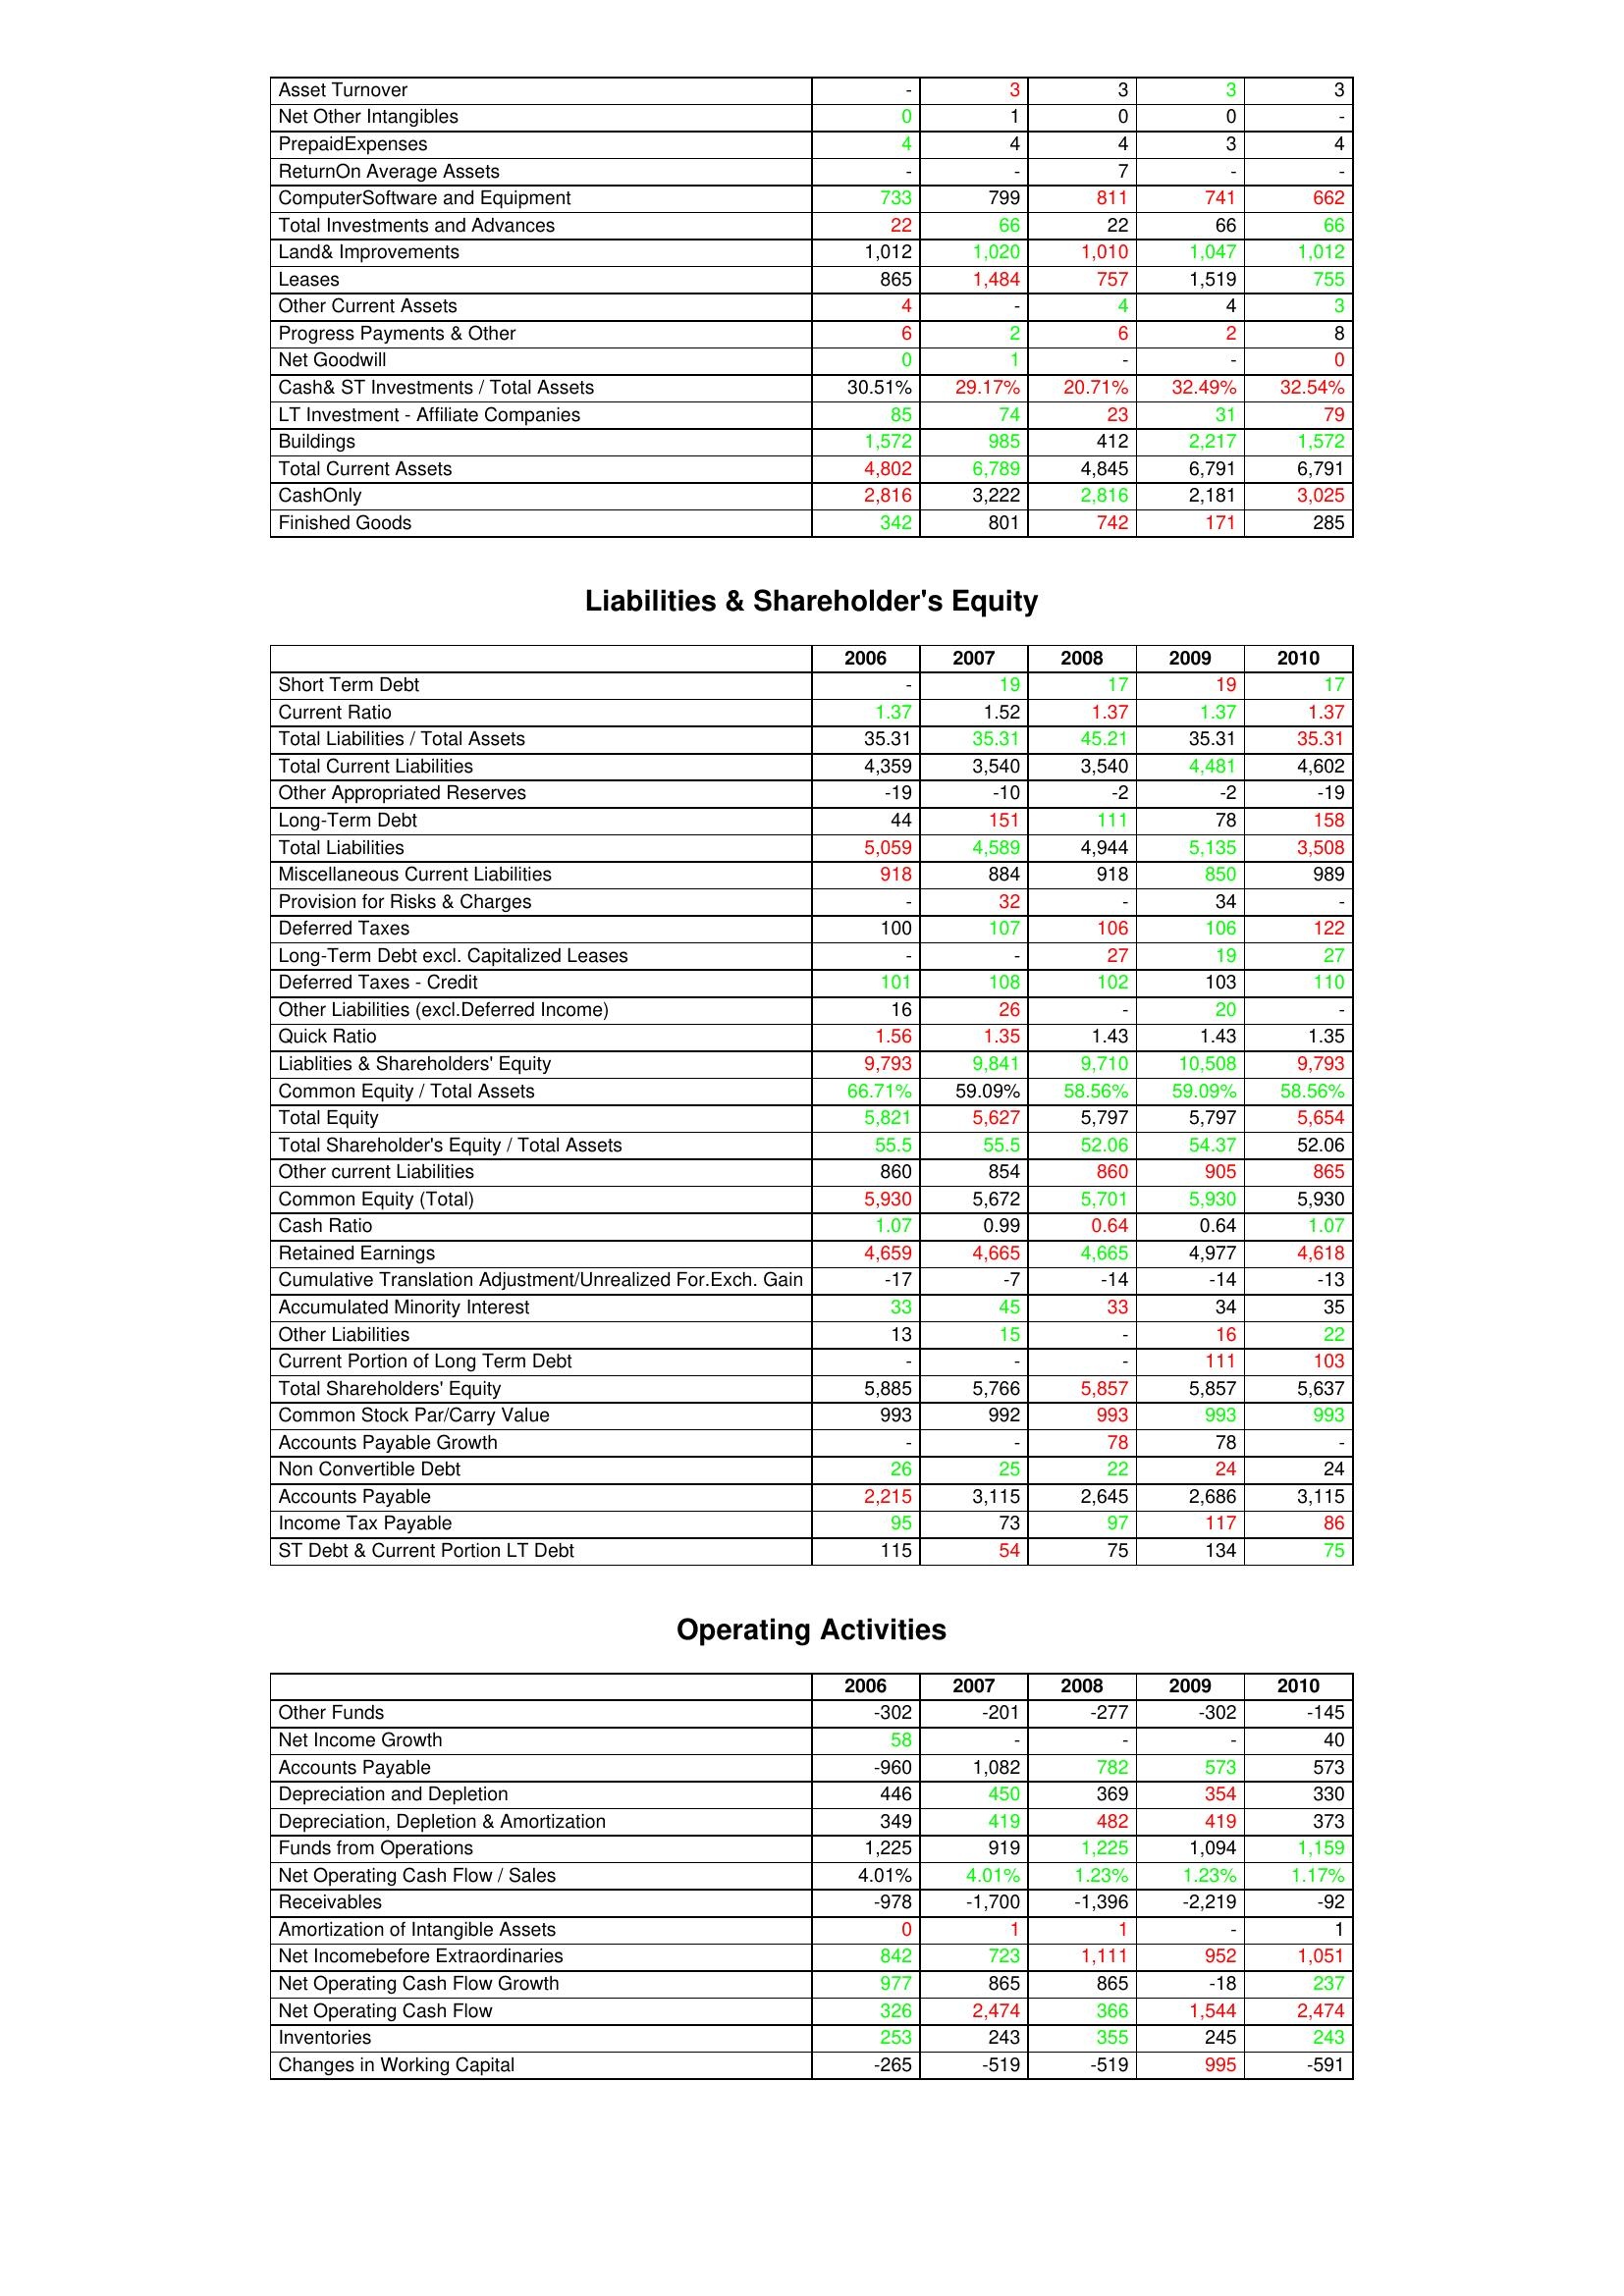
gt_parse: 2006: Assets: Asset Turnover: -
Net Other Intangibles: 0
PrepaidExpenses: 4
ReturnOn Average Assets: -
ComputerSoftware and Equipment: 733
Total Investments and Advances: 22
Land& Improvements: 1,012
Leases: 865
Other Current Assets: 4
Progress Payments & Other: 6
Net Goodwill: 0
Cash& ST Investments / Total Assets: 30.51%
LT Investment - Affiliate Companies: 85
Buildings: 1,572
Total Current Assets: 4,802
CashOnly: 2,816
Finished Goods: 342
Liabilities & Shareholder's Equity: Short Term Debt: -
Current Ratio: 1.37
Total Liabilities / Total Assets: 35.31
Total Current Liabilities: 4,359
Other Appropriated Reserves: -19
Long-Term Debt: 44
Total Liabilities: 5,059
Miscellaneous Current Liabilities: 918
Provision for Risks & Charges: -
Deferred Taxes: 100
Long-Term Debt excl. Capitalized Leases: -
Deferred Taxes - Credit: 101
Other Liabilities (excl.Deferred Income): 16
Quick Ratio: 1.56
Liablities & Shareholders' Equity: 9,793
Common Equity / Total Assets: 66.71%
Total Equity: 5,821
Total Shareholder's Equity / Total Assets: 55.5
Other current Liabilities: 860
Common Equity (Total): 5,930
Cash Ratio: 1.07
Retained Earnings: 4,659
Cumulative Translation Adjustment/Unrealized For.Exch. Gain: -17
Accumulated Minority Interest: 33
Other Liabilities: 13
Current Portion of Long Term Debt: -
Total Shareholders' Equity: 5,885
Common Stock Par/Carry Value: 993
Accounts Payable Growth: -
Non Convertible Debt: 26
Accounts Payable: 2,215
Income Tax Payable: 95
ST Debt & Current Portion LT Debt: 115
Operating Activities: Other Funds: -302
Net Income Growth: 58
Accounts Payable: -960
Depreciation and Depletion: 446
Depreciation, Depletion & Amortization: 349
Funds from Operations: 1,225
Net Operating Cash Flow / Sales: 4.01%
Receivables: -978
Amortization of Intangible Assets: 0
Net Incomebefore Extraordinaries: 842
Net Operating Cash Flow Growth: 977
Net Operating Cash Flow: 326
Inventories: 253
Changes in Working Capital: -265
2007: Assets: Asset Turnover: 3
Net Other Intangibles: 1
PrepaidExpenses: 4
ReturnOn Average Assets: -
ComputerSoftware and Equipment: 799
Total Investments and Advances: 66
Land& Improvements: 1,020
Leases: 1,484
Other Current Assets: -
Progress Payments & Other: 2
Net Goodwill: 1
Cash& ST Investments / Total Assets: 29.17%
LT Investment - Affiliate Companies: 74
Buildings: 985
Total Current Assets: 6,789
CashOnly: 3,222
Finished Goods: 801
Liabilities & Shareholder's Equity: Short Term Debt: 19
Current Ratio: 1.52
Total Liabilities / Total Assets: 35.31
Total Current Liabilities: 3,540
Other Appropriated Reserves: -10
Long-Term Debt: 151
Total Liabilities: 4,589
Miscellaneous Current Liabilities: 884
Provision for Risks & Charges: 32
Deferred Taxes: 107
Long-Term Debt excl. Capitalized Leases: -
Deferred Taxes - Credit: 108
Other Liabilities (excl.Deferred Income): 26
Quick Ratio: 1.35
Liablities & Shareholders' Equity: 9,841
Common Equity / Total Assets: 59.09%
Total Equity: 5,627
Total Shareholder's Equity / Total Assets: 55.5
Other current Liabilities: 854
Common Equity (Total): 5,672
Cash Ratio: 0.99
Retained Earnings: 4,665
Cumulative Translation Adjustment/Unrealized For.Exch. Gain: -7
Accumulated Minority Interest: 45
Other Liabilities: 15
Current Portion of Long Term Debt: -
Total Shareholders' Equity: 5,766
Common Stock Par/Carry Value: 992
Accounts Payable Growth: -
Non Convertible Debt: 25
Accounts Payable: 3,115
Income Tax Payable: 73
ST Debt & Current Portion LT Debt: 54
Operating Activities: Other Funds: -201
Net Income Growth: -
Accounts Payable: 1,082
Depreciation and Depletion: 450
Depreciation, Depletion & Amortization: 419
Funds from Operations: 919
Net Operating Cash Flow / Sales: 4.01%
Receivables: -1,700
Amortization of Intangible Assets: 1
Net Incomebefore Extraordinaries: 723
Net Operating Cash Flow Growth: 865
Net Operating Cash Flow: 2,474
Inventories: 243
Changes in Working Capital: -519
2008: Assets: Asset Turnover: 3
Net Other Intangibles: 0
PrepaidExpenses: 4
ReturnOn Average Assets: 7
ComputerSoftware and Equipment: 811
Total Investments and Advances: 22
Land& Improvements: 1,010
Leases: 757
Other Current Assets: 4
Progress Payments & Other: 6
Net Goodwill: -
Cash& ST Investments / Total Assets: 20.71%
LT Investment - Affiliate Companies: 23
Buildings: 412
Total Current Assets: 4,845
CashOnly: 2,816
Finished Goods: 742
Liabilities & Shareholder's Equity: Short Term Debt: 17
Current Ratio: 1.37
Total Liabilities / Total Assets: 45.21
Total Current Liabilities: 3,540
Other Appropriated Reserves: -2
Long-Term Debt: 111
Total Liabilities: 4,944
Miscellaneous Current Liabilities: 918
Provision for Risks & Charges: -
Deferred Taxes: 106
Long-Term Debt excl. Capitalized Leases: 27
Deferred Taxes - Credit: 102
Other Liabilities (excl.Deferred Income): -
Quick Ratio: 1.43
Liablities & Shareholders' Equity: 9,710
Common Equity / Total Assets: 58.56%
Total Equity: 5,797
Total Shareholder's Equity / Total Assets: 52.06
Other current Liabilities: 860
Common Equity (Total): 5,701
Cash Ratio: 0.64
Retained Earnings: 4,665
Cumulative Translation Adjustment/Unrealized For.Exch. Gain: -14
Accumulated Minority Interest: 33
Other Liabilities: -
Current Portion of Long Term Debt: -
Total Shareholders' Equity: 5,857
Common Stock Par/Carry Value: 993
Accounts Payable Growth: 78
Non Convertible Debt: 22
Accounts Payable: 2,645
Income Tax Payable: 97
ST Debt & Current Portion LT Debt: 75
Operating Activities: Other Funds: -277
Net Income Growth: -
Accounts Payable: 782
Depreciation and Depletion: 369
Depreciation, Depletion & Amortization: 482
Funds from Operations: 1,225
Net Operating Cash Flow / Sales: 1.23%
Receivables: -1,396
Amortization of Intangible Assets: 1
Net Incomebefore Extraordinaries: 1,111
Net Operating Cash Flow Growth: 865
Net Operating Cash Flow: 366
Inventories: 355
Changes in Working Capital: -519
2009: Assets: Asset Turnover: 3
Net Other Intangibles: 0
PrepaidExpenses: 3
ReturnOn Average Assets: -
ComputerSoftware and Equipment: 741
Total Investments and Advances: 66
Land& Improvements: 1,047
Leases: 1,519
Other Current Assets: 4
Progress Payments & Other: 2
Net Goodwill: -
Cash& ST Investments / Total Assets: 32.49%
LT Investment - Affiliate Companies: 31
Buildings: 2,217
Total Current Assets: 6,791
CashOnly: 2,181
Finished Goods: 171
Liabilities & Shareholder's Equity: Short Term Debt: 19
Current Ratio: 1.37
Total Liabilities / Total Assets: 35.31
Total Current Liabilities: 4,481
Other Appropriated Reserves: -2
Long-Term Debt: 78
Total Liabilities: 5,135
Miscellaneous Current Liabilities: 850
Provision for Risks & Charges: 34
Deferred Taxes: 106
Long-Term Debt excl. Capitalized Leases: 19
Deferred Taxes - Credit: 103
Other Liabilities (excl.Deferred Income): 20
Quick Ratio: 1.43
Liablities & Shareholders' Equity: 10,508
Common Equity / Total Assets: 59.09%
Total Equity: 5,797
Total Shareholder's Equity / Total Assets: 54.37
Other current Liabilities: 905
Common Equity (Total): 5,930
Cash Ratio: 0.64
Retained Earnings: 4,977
Cumulative Translation Adjustment/Unrealized For.Exch. Gain: -14
Accumulated Minority Interest: 34
Other Liabilities: 16
Current Portion of Long Term Debt: 111
Total Shareholders' Equity: 5,857
Common Stock Par/Carry Value: 993
Accounts Payable Growth: 78
Non Convertible Debt: 24
Accounts Payable: 2,686
Income Tax Payable: 117
ST Debt & Current Portion LT Debt: 134
Operating Activities: Other Funds: -302
Net Income Growth: -
Accounts Payable: 573
Depreciation and Depletion: 354
Depreciation, Depletion & Amortization: 419
Funds from Operations: 1,094
Net Operating Cash Flow / Sales: 1.23%
Receivables: -2,219
Amortization of Intangible Assets: -
Net Incomebefore Extraordinaries: 952
Net Operating Cash Flow Growth: -18
Net Operating Cash Flow: 1,544
Inventories: 245
Changes in Working Capital: 995
2010: Assets: Asset Turnover: 3
Net Other Intangibles: -
PrepaidExpenses: 4
ReturnOn Average Assets: -
ComputerSoftware and Equipment: 662
Total Investments and Advances: 66
Land& Improvements: 1,012
Leases: 755
Other Current Assets: 3
Progress Payments & Other: 8
Net Goodwill: 0
Cash& ST Investments / Total Assets: 32.54%
LT Investment - Affiliate Companies: 79
Buildings: 1,572
Total Current Assets: 6,791
CashOnly: 3,025
Finished Goods: 285
Liabilities & Shareholder's Equity: Short Term Debt: 17
Current Ratio: 1.37
Total Liabilities / Total Assets: 35.31
Total Current Liabilities: 4,602
Other Appropriated Reserves: -19
Long-Term Debt: 158
Total Liabilities: 3,508
Miscellaneous Current Liabilities: 989
Provision for Risks & Charges: -
Deferred Taxes: 122
Long-Term Debt excl. Capitalized Leases: 27
Deferred Taxes - Credit: 110
Other Liabilities (excl.Deferred Income): -
Quick Ratio: 1.35
Liablities & Shareholders' Equity: 9,793
Common Equity / Total Assets: 58.56%
Total Equity: 5,654
Total Shareholder's Equity / Total Assets: 52.06
Other current Liabilities: 865
Common Equity (Total): 5,930
Cash Ratio: 1.07
Retained Earnings: 4,618
Cumulative Translation Adjustment/Unrealized For.Exch. Gain: -13
Accumulated Minority Interest: 35
Other Liabilities: 22
Current Portion of Long Term Debt: 103
Total Shareholders' Equity: 5,637
Common Stock Par/Carry Value: 993
Accounts Payable Growth: -
Non Convertible Debt: 24
Accounts Payable: 3,115
Income Tax Payable: 86
ST Debt & Current Portion LT Debt: 75
Operating Activities: Other Funds: -145
Net Income Growth: 40
Accounts Payable: 573
Depreciation and Depletion: 330
Depreciation, Depletion & Amortization: 373
Funds from Operations: 1,159
Net Operating Cash Flow / Sales: 1.17%
Receivables: -92
Amortization of Intangible Assets: 1
Net Incomebefore Extraordinaries: 1,051
Net Operating Cash Flow Growth: 237
Net Operating Cash Flow: 2,474
Inventories: 243
Changes in Working Capital: -591